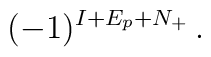
(-1)^{I+ E_p + N_+} \,.